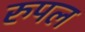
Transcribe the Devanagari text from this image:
रुपल